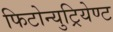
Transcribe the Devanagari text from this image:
फिटोन्युट्रियेण्ट